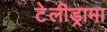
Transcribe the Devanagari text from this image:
टेलीड्रामा